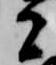
者